Scottish Leaving Certificate Examination, 1953
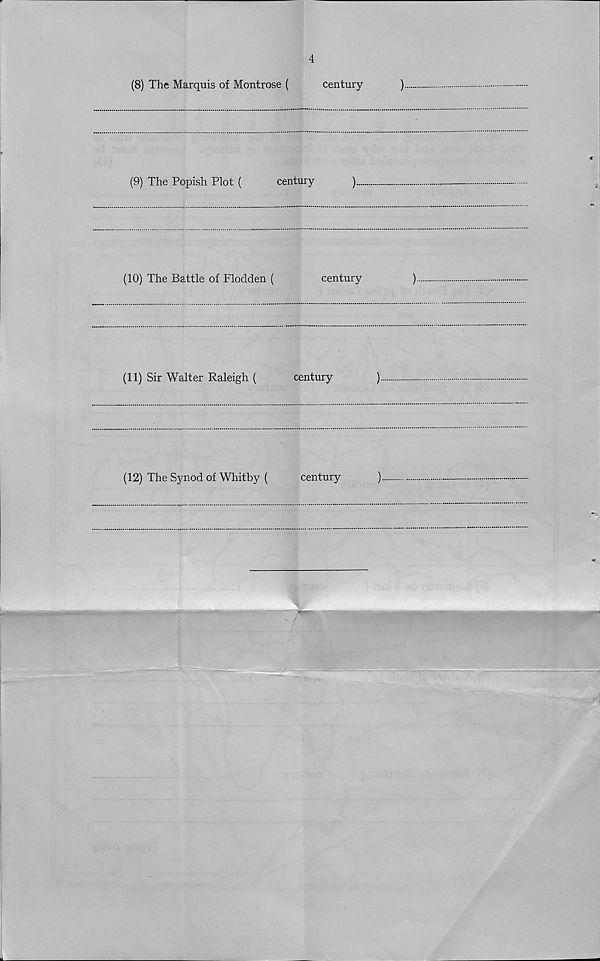
4
(8) The Marquis of Montrose (
century
)
(9) The Popish Plot (
century
)
(10) The Battle of Flodden (
century
)
(11) Sir Walter Raleigh (
century
)
(12) The Synod of Whitby (
century
)